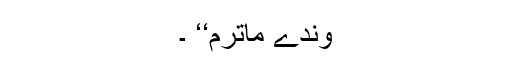
وندے ماترم‘‘ ۔